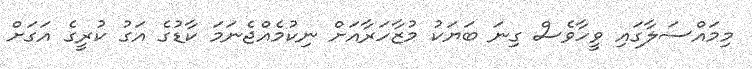
މިމައްސަލާގައި ވީހާވެސް ގިނަ ބަޔަކު މުޒާހަރާއަށް ނިކުމެއްޖެނަމަ ކާޑުގެ އަގު ކުރީގެ އަގަށް